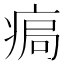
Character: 𤶹